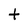
Character: t